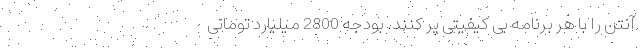
آنتن را با هر برنامه بی کیفیتی پر کنند. بودجه 2800 میلیارد تومانی